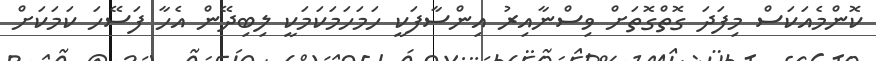
ކޮންމެއަކަސް މިފަދަ ގޮތްގޮތަށް ވިސްނާއިރު އިންސާފަކީ ހަމަހަމަކަމަކީ ލިބިދޭން އެހާ ފަސޭހަ ކަމަކަށް